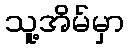
သူ့အိမ်မှာ